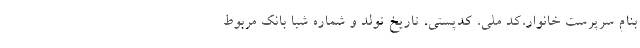
بنام سرپرست خانوار،کد ملی، کدپستی، تاریخ تولد و شماره شبا بانک مربوط